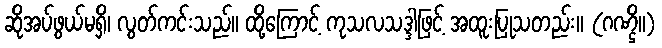
ဆိုအပ်ဖွယ်မရှိ၊ လွတ်ကင်းသည်။ ထို့ကြောင့် ကုသလသဒ္ဒါဖြင့် အထူးပြုသတည်း။ (ဂဏ္ဌိ။)